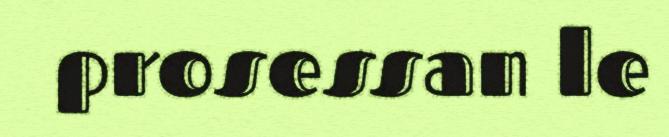
prosessan le